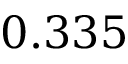
0 . 3 3 5